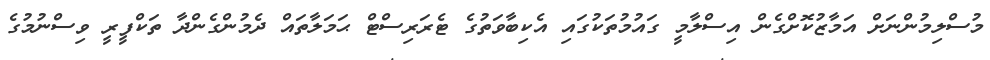
މުސްލިމުންނަށް އަމާޒުކޮށްގެން އިސްލާމީ ގައުމުތަކުގައި އެކިބާވަތުގެ ޓެރަރިސްޓް ޙަމަލާތައް ދެމުންގެންދާ ތަކްފީރީ ވިސްނުމުގެ